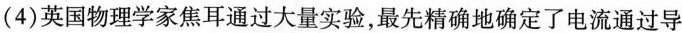
(4)英国物理学家焦耳通过大量实验，最先精确地确定了电流通过导